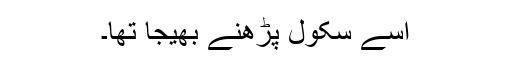
اسے سکول پڑھنے بھیجا تھا۔